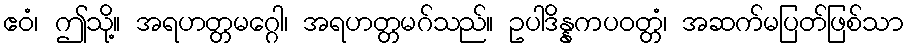
ဧဝံ၊ ဤသို့။ အရဟတ္တမဂ္ဂေါ၊ အရဟတ္တမဂ်သည်။ ဥပါဒိန္နကပဝတ္တံ၊ အဆက်မပြတ်ဖြစ်သာ